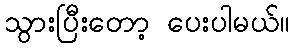
သွားပြီးတော့ ပေးပါမယ်။